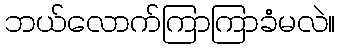
ဘယ်လောက်ကြာကြာခံမလဲ။